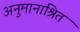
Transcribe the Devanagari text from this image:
अनुमानाश्रित